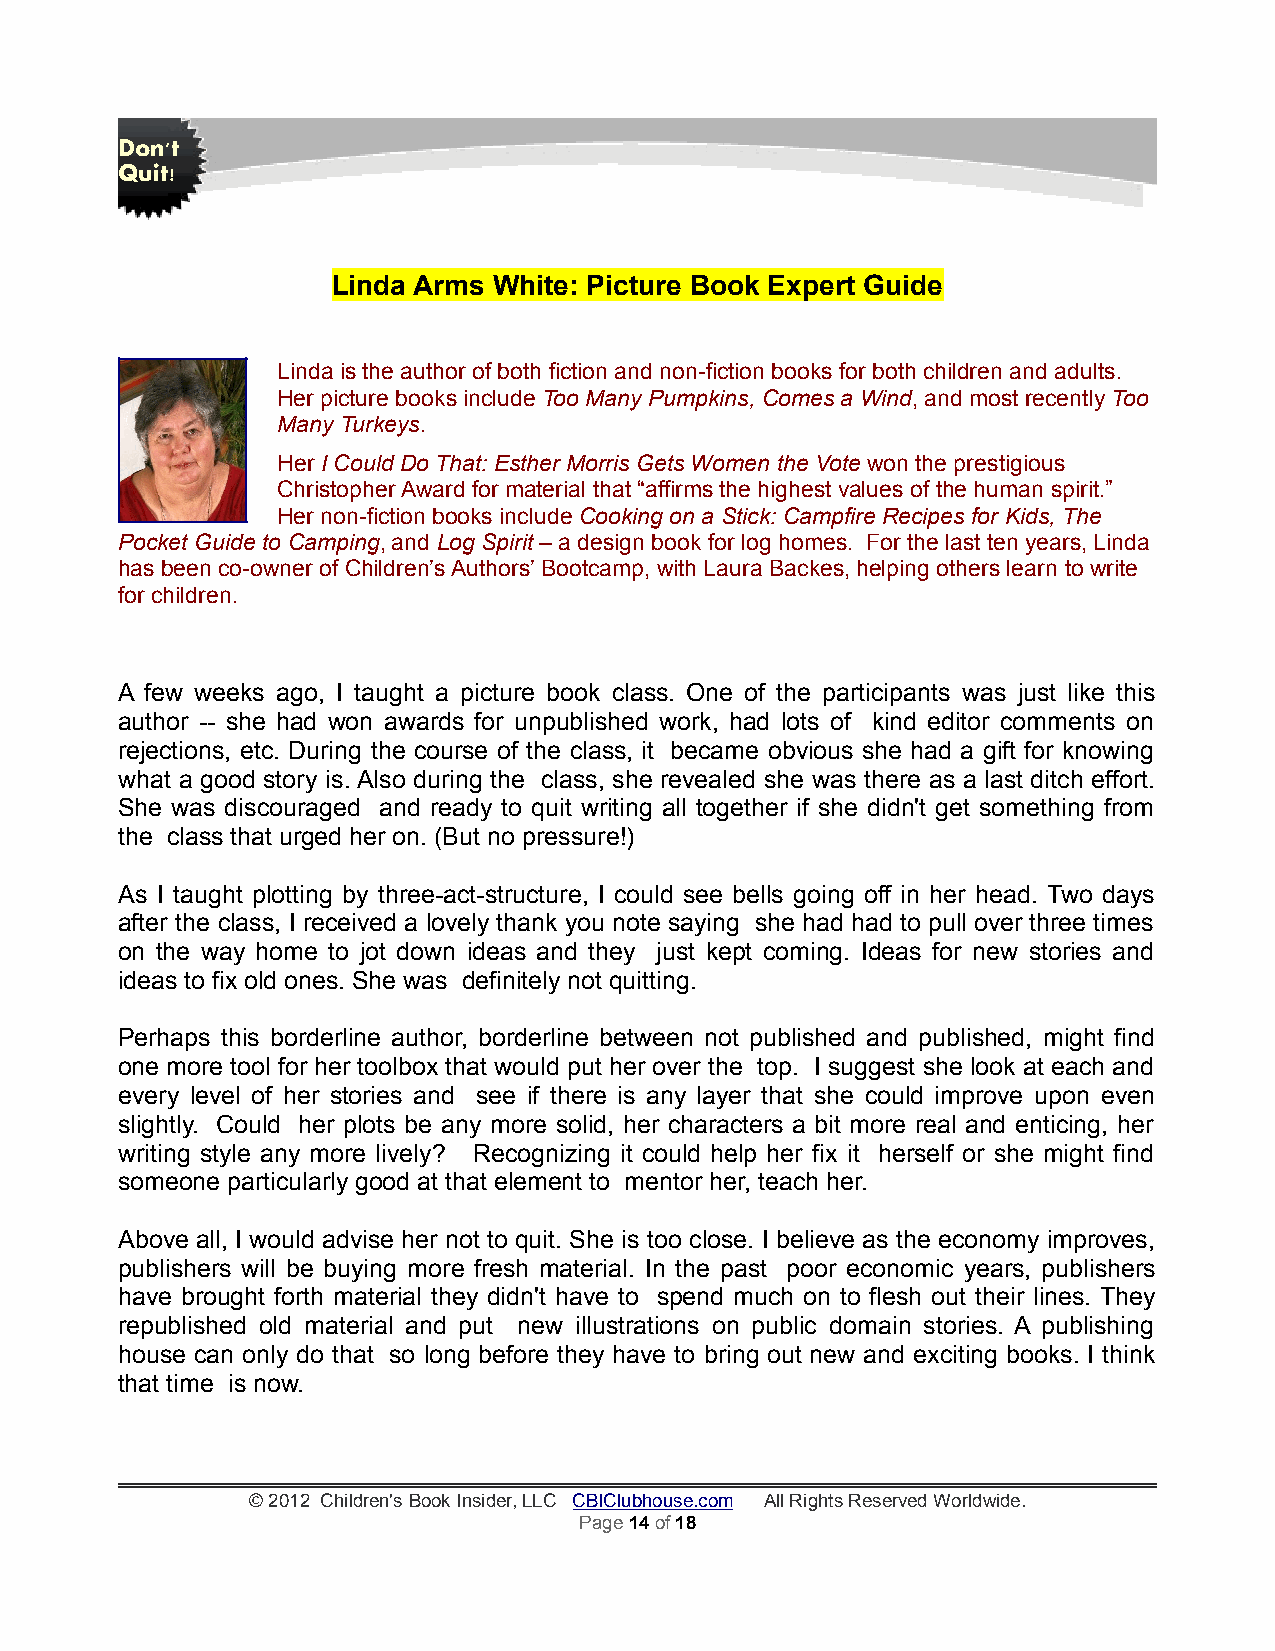
Don't
 Quit!
 Linda Arms White: Picture Book Expert Guide
 Linda is the author of both fiction and non-fiction books for both children and adults.
 Her picture books include Too Many Pumpkins, Comes a Wind, and most recently Too
 Many Turkeys.
 Her I Could Do That: Esther Morris Gets Women the Vote won the prestigious
 Christopher Award for material that “affirms the highest values of the human spirit.”
 Her non-fiction books include Cooking on a Stick: Campfire Recipes for Kids, The
 Pocket Guide to Camping, and Log Spirit – a design book for log homes. For the last ten years, Linda
 has been co-owner of Children’s Authors’ Bootcamp, with Laura Backes, helping others learn to write
 for children.
 A few weeks ago, I taught a picture book class. One of the participants was just like this
 author -- she had won awards for unpublished work, had lots of kind editor comments on
 rejections, etc. During the course of the class, it became obvious she had a gift for knowing
 what a good story is. Also during the class, she revealed she was there as a last ditch effort.
 She was discouraged and ready to quit writing all together if she didn't get something from
 the class that urged her on. (But no pressure!)
 As I taught plotting by three-act-structure, I could see bells going off in her head. Two days
 after the class, I received a lovely thank you note saying she had had to pull over three times
 on the way home to jot down ideas and they just kept coming. Ideas for new stories and
 ideas to fix old ones. She was definitely not quitting.
 Perhaps this borderline author, borderline between not published and published, might find
 one more tool for her toolbox that would put her over the top. I suggest she look at each and
 every level of her stories and see if there is any layer that she could improve upon even
 slightly. Could her plots be any more solid, her characters a bit more real and enticing, her
 writing style any more lively? Recognizing it could help her fix it herself or she might find
 someone particularly good at that element to mentor her, teach her.
 Above all, I would advise her not to quit. She is too close. I believe as the economy improves,
 publishers will be buying more fresh material. In the past poor economic years, publishers
 have brought forth material they didn't have to spend much on to flesh out their lines. They
 republished old material and put new illustrations on public domain stories. A publishing
 house can only do that so long before they have to bring out new and exciting books. I think
 that time is now.
 © 2012 Children's Book Insider, LLC CBIClubhouse.com All Rights Reserved Worldwide.
 Page 14 of 18